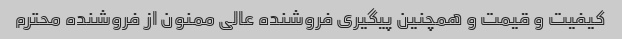
کیفیت و قیمت و همچنین پیگیری فروشنده عالی ممنون از فروشنده محترم